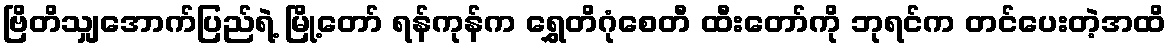
ဗြိတိသျှအောက်ပြည်ရဲ့ မြို့တော် ရန်ကုန်က ရွှေတိဂုံစေတီ ထီးတော်ကို ဘုရင်က တင်ပေးတဲ့အထိ